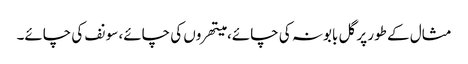
مثال کے طور پر گل بابونہ کی چائے، میتھروں کی چائے، سونف کی چائے۔